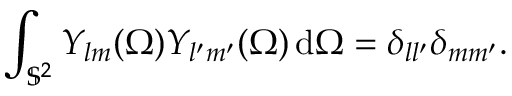
\int _ { \mathbb { S } ^ { 2 } } Y _ { l m } ( \Omega ) Y _ { l ^ { \prime } m ^ { \prime } } ( \Omega ) \, \mathrm { d } \Omega = \delta _ { l l ^ { \prime } } \delta _ { m m ^ { \prime } } .